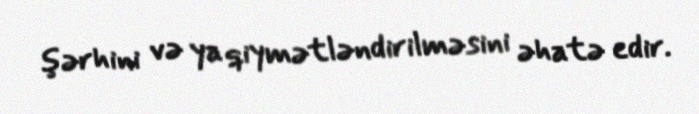
şərhini və ya qiymətləndirilməsini əhatə edir.